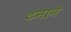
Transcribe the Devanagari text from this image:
टनाने